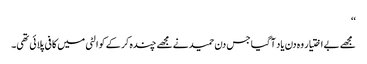
‘‘
مجھے بے اختیار وہ دن یاد آگیا جس دن حمید نے مجھے چندہ کر کے کوالٹی میں کافی پلائی تھی۔